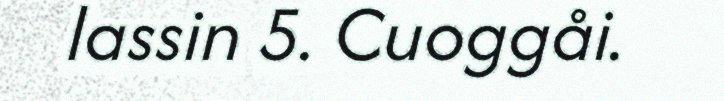
lassin 5. Cuoggåi.